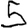
Digit: 5